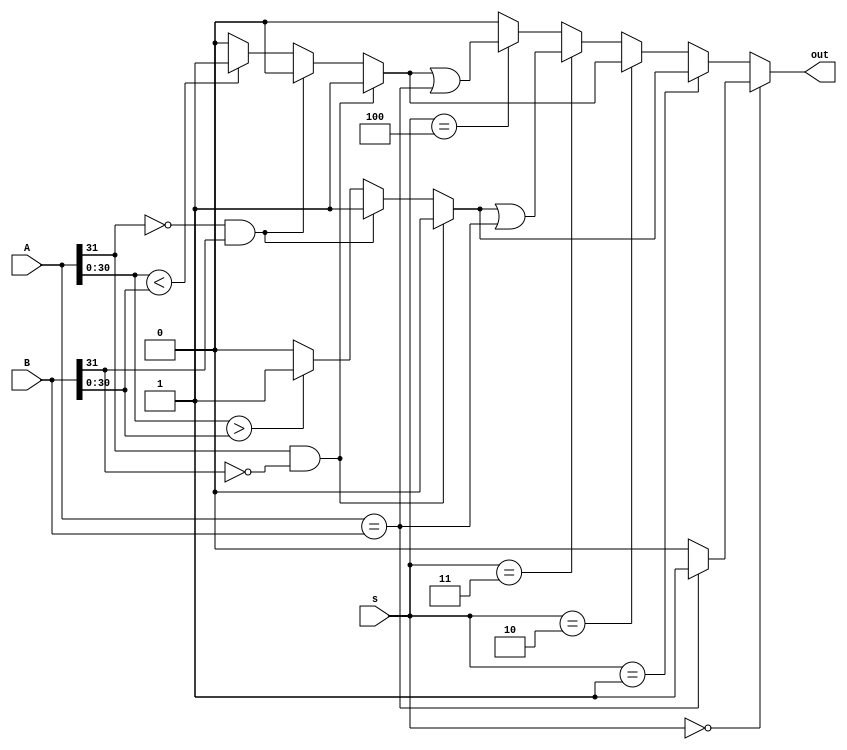
`timescale 1ns / 1ps
//////////////////////////////////////////////////////////////////////////////////
// Company: 
// Engineer: 
// 
// Design Name: 
// Module Name:    comparator 
// Project Name: 
// Target Devices: 
// Tool versions: 
// Description: 
//
// Dependencies: 
//
// Revision: 
// Revision 0.01 - File Created
// Additional Comments: 
//
//////////////////////////////////////////////////////////////////////////////////
module comparator(
    input [31:0] A,
	 input [31:0] B,
	 input [2:0] s,
	 output out
    ); 
   //000 1  001 A>B 1  010 A<B 1 011  100
	 wire greater;
	 assign greater=((A[31]==1'b1)&(B[31]==1'b0))?1'b0:(((A[31]==0)&(B[31]==1))?1'b1:((A[30:0]>B[30:0])?1'b1:1'b0));
     
	 wire smaller;
	 assign smaller= ((A[31]==1'b1)&(B[31]==1'b0))?1'b1:(((A[31]==0)&(B[31]==1))?1'b0:((A[30:0]<B[30:0])?1'b1:1'b0));
					
    assign out= (s==3'b000)?((A==B)?1'b1:1'b0):
	             (s==3'b001)?greater:
					 (s==3'b010)?smaller: 
					 (s==3'b011)?(greater|(A==B)):
					 (s==3'b100)?(smaller|(A==B)):1'b0;
					 
	 
endmodule